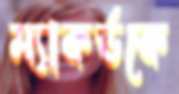
ম্যাকর্ডকে